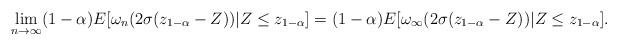
LaTeX: \begin{align*}\lim_{n\to \infty} (1-\alpha)E[\omega_n(2\sigma (z_{1-\alpha}-Z))|Z\le z_{1-\alpha}]=(1-\alpha)E[\omega_\infty(2\sigma (z_{1-\alpha}-Z))|Z\le z_{1-\alpha}].\end{align*}